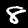
Digit: 8